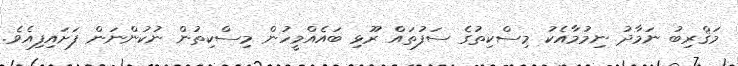
މަޤްރިބު ނަމާދު ނިމުމާއެކު މިސްކިތުގެ ސަފުތައް ރޫޅި ބައެއްމީހުން މިސްކިތުން ނުކުންނަން ފަށައިފިއެވެ.